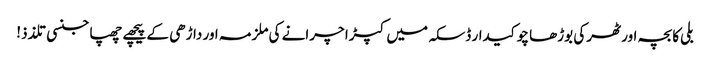
بلی کا بچہ اور ٹھرکی بوڑھا چوکیدار	ڈسکہ میں کپڑا چرانے کی ملزمہ اور داڑھی کے پیچھے چھپا جنسی تلذذ!